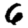
Digit: 6